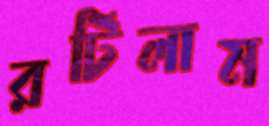
রটিলাম